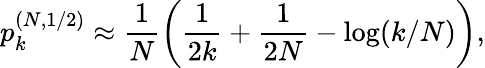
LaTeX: p_{k}^{(N,1/2)}\approx\frac{1}{N}\left(\frac{1}{2k}+\frac{1}{2N}-\log(k/N)\right),